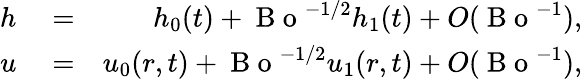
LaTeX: \begin{array}{rlr}{h}&{{}=}&{h_{0}(t)+\mathrm{~B~o~}^{-1/2}h_{1}(t)+O(\mathrm{~B~o~}^{-1}),}\\ {u}&{{}=}&{u_{0}(r,t)+\mathrm{~B~o~}^{-1/2}u_{1}(r,t)+O(\mathrm{~B~o~}^{-1}),}\end{array}